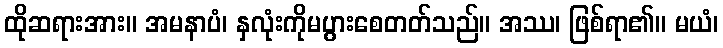
ထိုဆရားအား။ အမနာပံ၊ နှလုံးကိုမပွားစေတတ်သည်။ အဿ၊ ဖြစ်ရာ၏။ မယံ၊